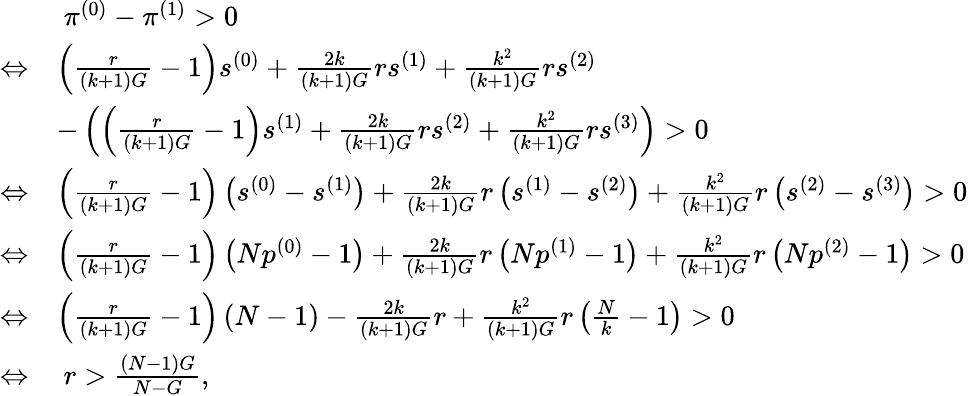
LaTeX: \begin{array}{rl}&{~\pi^{(0)}-\pi^{(1)}>0}\\ {\Leftrightarrow}&{\left(\frac{r}{(k+1)G}-1\right)s^{(0)}+\frac{2k}{(k+1)G}rs^{(1)}+\frac{k^{2}}{(k+1)G}rs^{(2)}}\\ &{-\left(\left(\frac{r}{(k+1)G}-1\right)s^{(1)}+\frac{2k}{(k+1)G}rs^{(2)}+\frac{k^{2}}{(k+1)G}rs^{(3)}\right)>0}\\ {\Leftrightarrow}&{\left(\frac{r}{(k+1)G}-1\right)\left(s^{(0)}-s^{(1)}\right)+\frac{2k}{(k+1)G}r\left(s^{(1)}-s^{(2)}\right)+\frac{k^{2}}{(k+1)G}r\left(s^{(2)}-s^{(3)}\right)>0}\\ {\Leftrightarrow}&{\left(\frac{r}{(k+1)G}-1\right)\left(Np^{(0)}-1\right)+\frac{2k}{(k+1)G}r\left(Np^{(1)}-1\right)+\frac{k^{2}}{(k+1)G}r\left(Np^{(2)}-1\right)>0}\\ {\Leftrightarrow}&{\left(\frac{r}{(k+1)G}-1\right)\left(N-1\right)-\frac{2k}{(k+1)G}r+\frac{k^{2}}{(k+1)G}r\left(\frac{N}{k}-1\right)>0}\\ {\Leftrightarrow}&{~r>\frac{(N-1)G}{N-G},}\end{array}